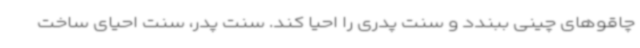
چاقوهای چینی ببندد و سنت پدری را احیا کند. سنت پدر، سنت احیای ساخت